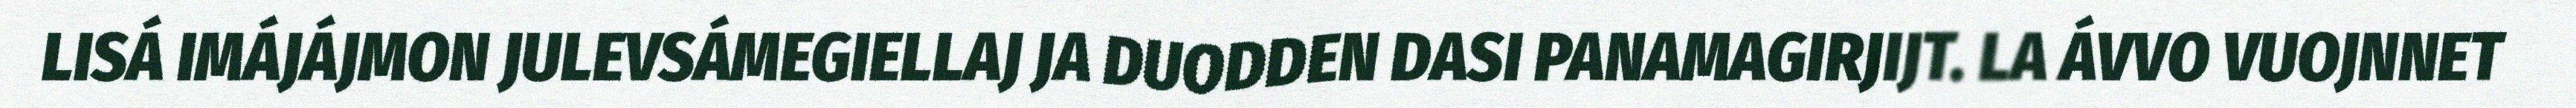
LISÁ IMÁJÁJMON JULEVSÁMEGIELLAJ JA DUODDEN DASI PANAMAGIRJIJT. LA ÁVVO VUOJNNET